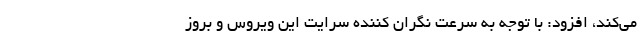
می‌کند، افزود: با توجه به سرعت نگران کننده سرایت این ویروس و بروز